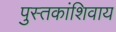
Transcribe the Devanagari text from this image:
पुस्तकांशिवाय